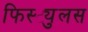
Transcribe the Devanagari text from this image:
फिस्ट्युलस